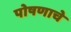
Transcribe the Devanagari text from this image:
पोषणाचे